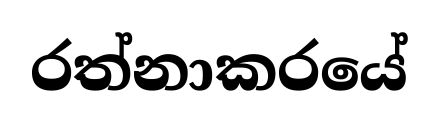
රත්නාකරයේ